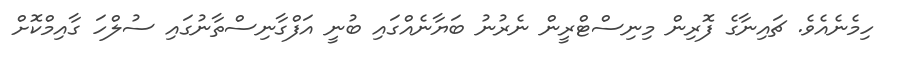
ހިމެެނެއެވެ. ޗައިނާގެ ފޮރިން މިނިސްޓްރީން ނެރުނު ބަޔާނެއްގައި ބުނީ އަފްގާނިސްތާނުގައި ސުލްހަ ގާއިމްކޮށް